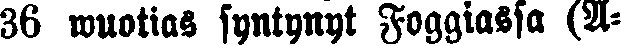
36 wuotias syntynyt Foggiassa (A-